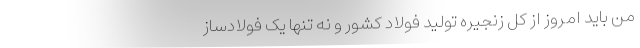
من باید امروز از کل زنجیره تولید فولاد کشور و نه تنها یک فولادساز